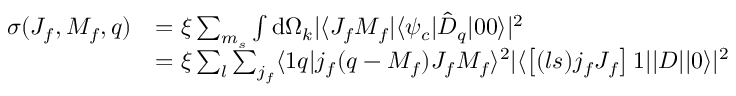
\begin{array} { r l } { \sigma ( J _ { f } , M _ { f } , q ) } & { = \xi \sum _ { m _ { s } } \int \mathrm { d } \Omega _ { k } | \langle J _ { f } M _ { f } | \langle \psi _ { c } | \hat { D } _ { q } | 0 0 \rangle | ^ { 2 } } \\ & { = \xi \sum _ { l } \sum _ { j _ { f } } \langle 1 q | j _ { f } ( q - M _ { f } ) J _ { f } M _ { f } \rangle ^ { 2 } | \langle \left[ ( l s ) j _ { f } J _ { f } \right] 1 | | D | | 0 \rangle | ^ { 2 } } \end{array}